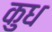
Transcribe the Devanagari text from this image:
कुध